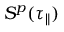
S ^ { p } ( \tau _ { \parallel } )